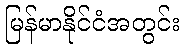
မြန်မာနိုင်ငံအတွင်း